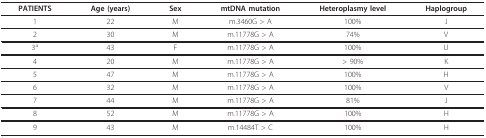
| PATIENTS | Age (years) | Sex | mtDNA mutation | Heteroplasmy level | Haplogroup |
 | --- | --- | --- | --- | --- | --- |
 | 1 | 22 | M | m.3460G > A | 100% | J |
 | 2 | 30 | M | m.11778G > A | 74% | V |
 | 3a | 43 | F | m.11778G > A | 100% | U |
 | 4 | 20 | M | m.11778G > A | > 90% | K |
 | 5 | 47 | M | m.11778G > A | 100% | H |
 | 6 | 32 | M | m.11778G > A | 100% | V |
 | 7 | 44 | M | m.11778G > A | 81% | J |
 | 8 | 52 | M | m.11778G > A | 100% | H |
 | 9 | 43 | M | m.14484T > C | 100% | H |